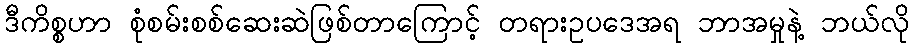
ဒီကိစ္စဟာ စုံစမ်းစစ်ဆေးဆဲဖြစ်တာကြောင့် တရားဥပဒေအရ ဘာအမှုနဲ့ ဘယ်လို